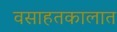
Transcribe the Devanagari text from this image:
वसाहतकालात